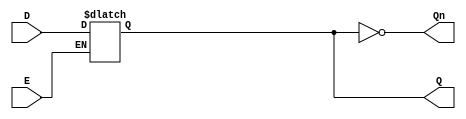
module latch_register (
    input wire D,        // Data Input
    input wire E,        // Enable Signal
    output reg Q,        // Output Q
    output wire Qn       // Complementary Output Q'
);

// Assign the complementary output
assign Qn = ~Q;

// Always block to implement the latch behavior
always @(*) begin
    if (E) begin
        Q = D;  // Capture the input data when Enable is high
    end
    // When E is low, Q retains its previous state (no assignment needed)
end

endmodule